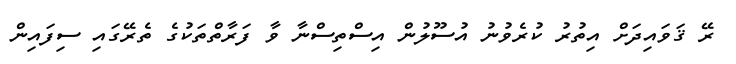
ރޭ ޤަވައިދަށް އިތުރު ކުރެވުނު އުސޫލުން އިސްތިސްނާ ވާ ފަރާތްތަކުގެ ތެރޭގައި ސިފައިން